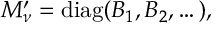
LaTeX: M _ { \nu } ^ { \prime } = \mathrm { d i a g } ( B _ { 1 } , B _ { 2 } , \dots ) ,